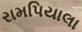
રામપિયાલા